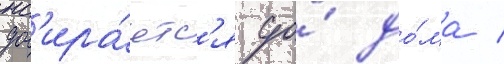
доб'ира́етс'я до́ до́ма /